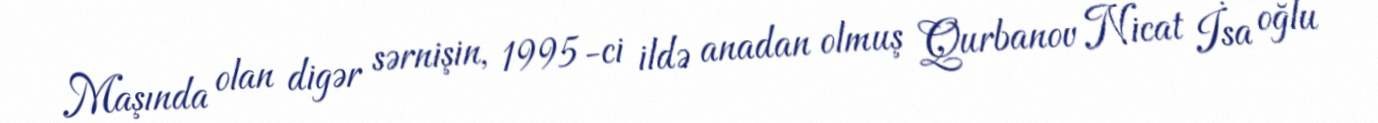
Maşında olan digər sərnişin, 1995-ci ildə anadan olmuş Qurbanov Nicat İsa oğlu